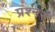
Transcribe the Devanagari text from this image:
प्रश्नर